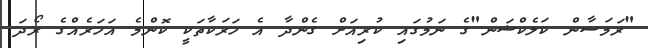
"ރަމަޟާން ކަލެކްޝަން"ގެ ނަމުގައި ކުރިއަށް ގެންދާ އެ ހަރަކާތަކީ ކޮންމެ އަހަރެއްގެ ރޯދަ